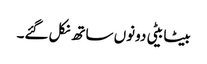
بیٹا بیٹی دونوں ساتھ نکل گئے۔